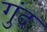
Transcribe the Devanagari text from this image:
गुंद